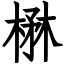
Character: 楙